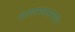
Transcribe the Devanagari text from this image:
अलास्काअंतर्गत